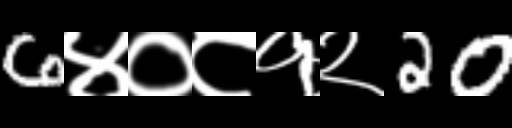
Text: 6४०८१२20